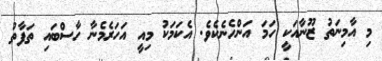
މި އާމިނަތު ޒޫނާއަކީ ހަމަ އަންހެނެކެވެ. އެކަމަކު މިއީ އަހަރެމެނާ ހާސްބައި ތަފާތު